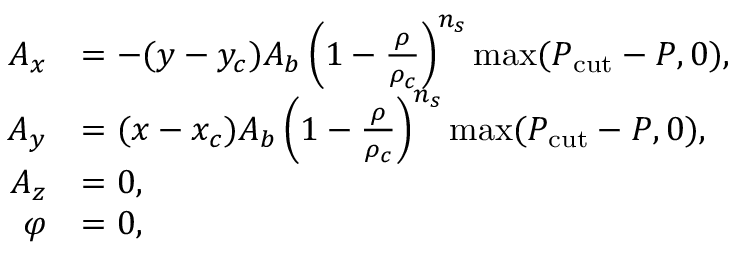
\begin{array} { r l } { A _ { x } } & { = - ( y - y _ { c } ) A _ { b } \left( 1 - \frac { \rho } { \rho _ { c } } \right) ^ { n _ { s } } \operatorname* { m a x } ( P _ { \mathrm { c u t } } - P , 0 ) , } \\ { A _ { y } } & { = ( x - x _ { c } ) A _ { b } \left( 1 - \frac { \rho } { \rho _ { c } } \right) ^ { n _ { s } } \operatorname* { m a x } ( P _ { \mathrm { c u t } } - P , 0 ) , } \\ { A _ { z } } & { = 0 , } \\ { \varphi } & { = 0 , } \end{array}